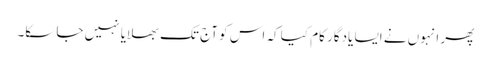
پھر انہوں نے ایسا یادگار کام کیا کہ اس کو آج تک بھلایا نہیں جا سکا۔